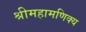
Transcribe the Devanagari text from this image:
श्रीमहामणिक्य